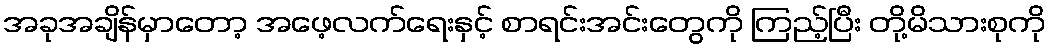
အခုအချိန်မှာတော့ အဖေ့လက်ရေးနှင့် စာရင်းအင်းတွေကို ကြည့်ပြီး တို့မိသားစုကို